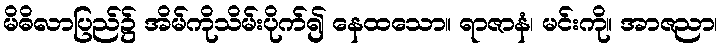
မိဓိလာပြည်၌ အိမ်ကိုသိမ်းပိုက်၍ နေထသော။ ရာဇာနံ၊ မင်းကို။ အာဇညာ၊